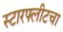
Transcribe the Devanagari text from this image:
स्टारफ्लीटचा